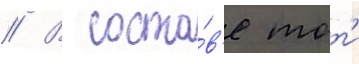
// В соста́в'е тот'и